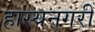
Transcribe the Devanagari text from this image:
हास्यनगरी